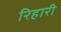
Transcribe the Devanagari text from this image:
रिहारी